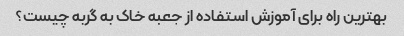
بهترین راه برای آموزش استفاده از جعبه خاک به گربه چیست؟